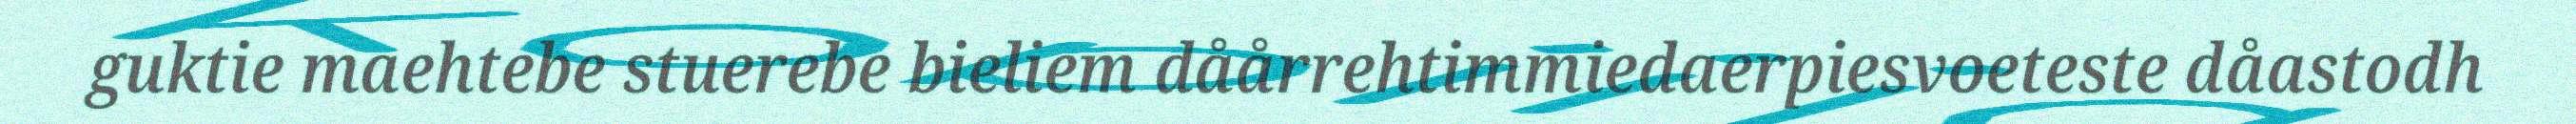
guktie maehtebe stuerebe bieliem dåårrehtimmiedaerpiesvoeteste dåastodh